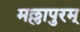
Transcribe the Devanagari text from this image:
मल्लापुरम्